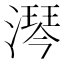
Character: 𣾔